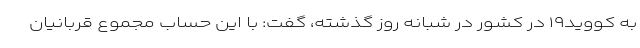
به کووید۱۹ در کشور در شبانه روز گذشته، گفت: با این حساب مجموع قربانیان